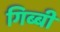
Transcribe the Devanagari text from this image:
गिब्बी